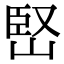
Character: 𡹩